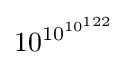
10^{10^{10^{122}}}